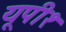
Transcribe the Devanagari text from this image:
यूपी१